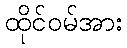
ထိုင်ဝမ်အား